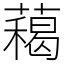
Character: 藒